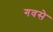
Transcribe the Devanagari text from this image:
गवसे